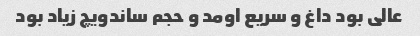
عالی بود داغ و سریع اومد و حجم ساندویچ زیاد بود